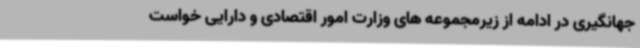
جهانگیری در ادامه از زیرمجموعه های وزارت امور اقتصادی و دارایی خواست